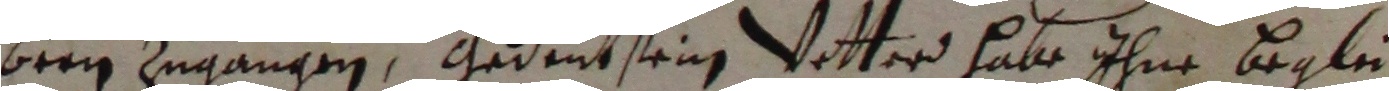
bren zugangen, gedeut sein votter habe ihne beglei